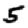
Digit: 5